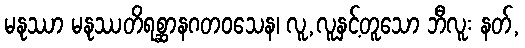
မနုဿာ မနုဿတိရစ္ဆာနဂတဝသေန၊ လူ,လူနှင့်တူသော ဘီလူး နတ်,